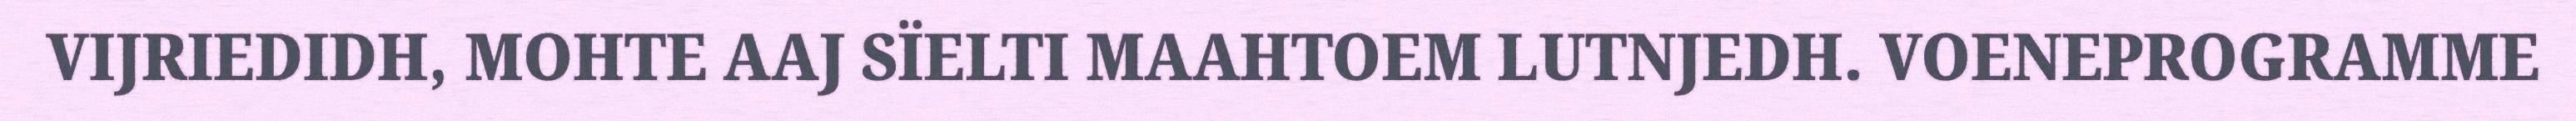
VIJRIEDIDH, MOHTE AAJ SÏELTI MAAHTOEM LUTNJEDH. VOENEPROGRAMME